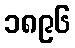
၁၈၉၆